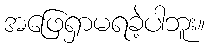
အဖြေရှာမရခဲ့ပါဘူး။